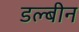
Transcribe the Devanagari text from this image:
डल्बीन